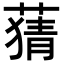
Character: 𦹤